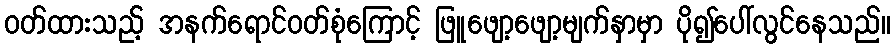
ဝတ်ထားသည့် အနက်ရောင်ဝတ်စုံကြောင့် ဖြူဖျော့ဖျော့မျက်နှာမှာ ပို၍ပေါ်လွင်နေသည်။